Bréfritari: Sigríður Pálsdóttir
Viðtakandi: Páll Pálsson
Dagsetning: A-1865-08-31
Skrifað á: Breiðabólsstað  Rang.
Páll var bróðir Sigríðar

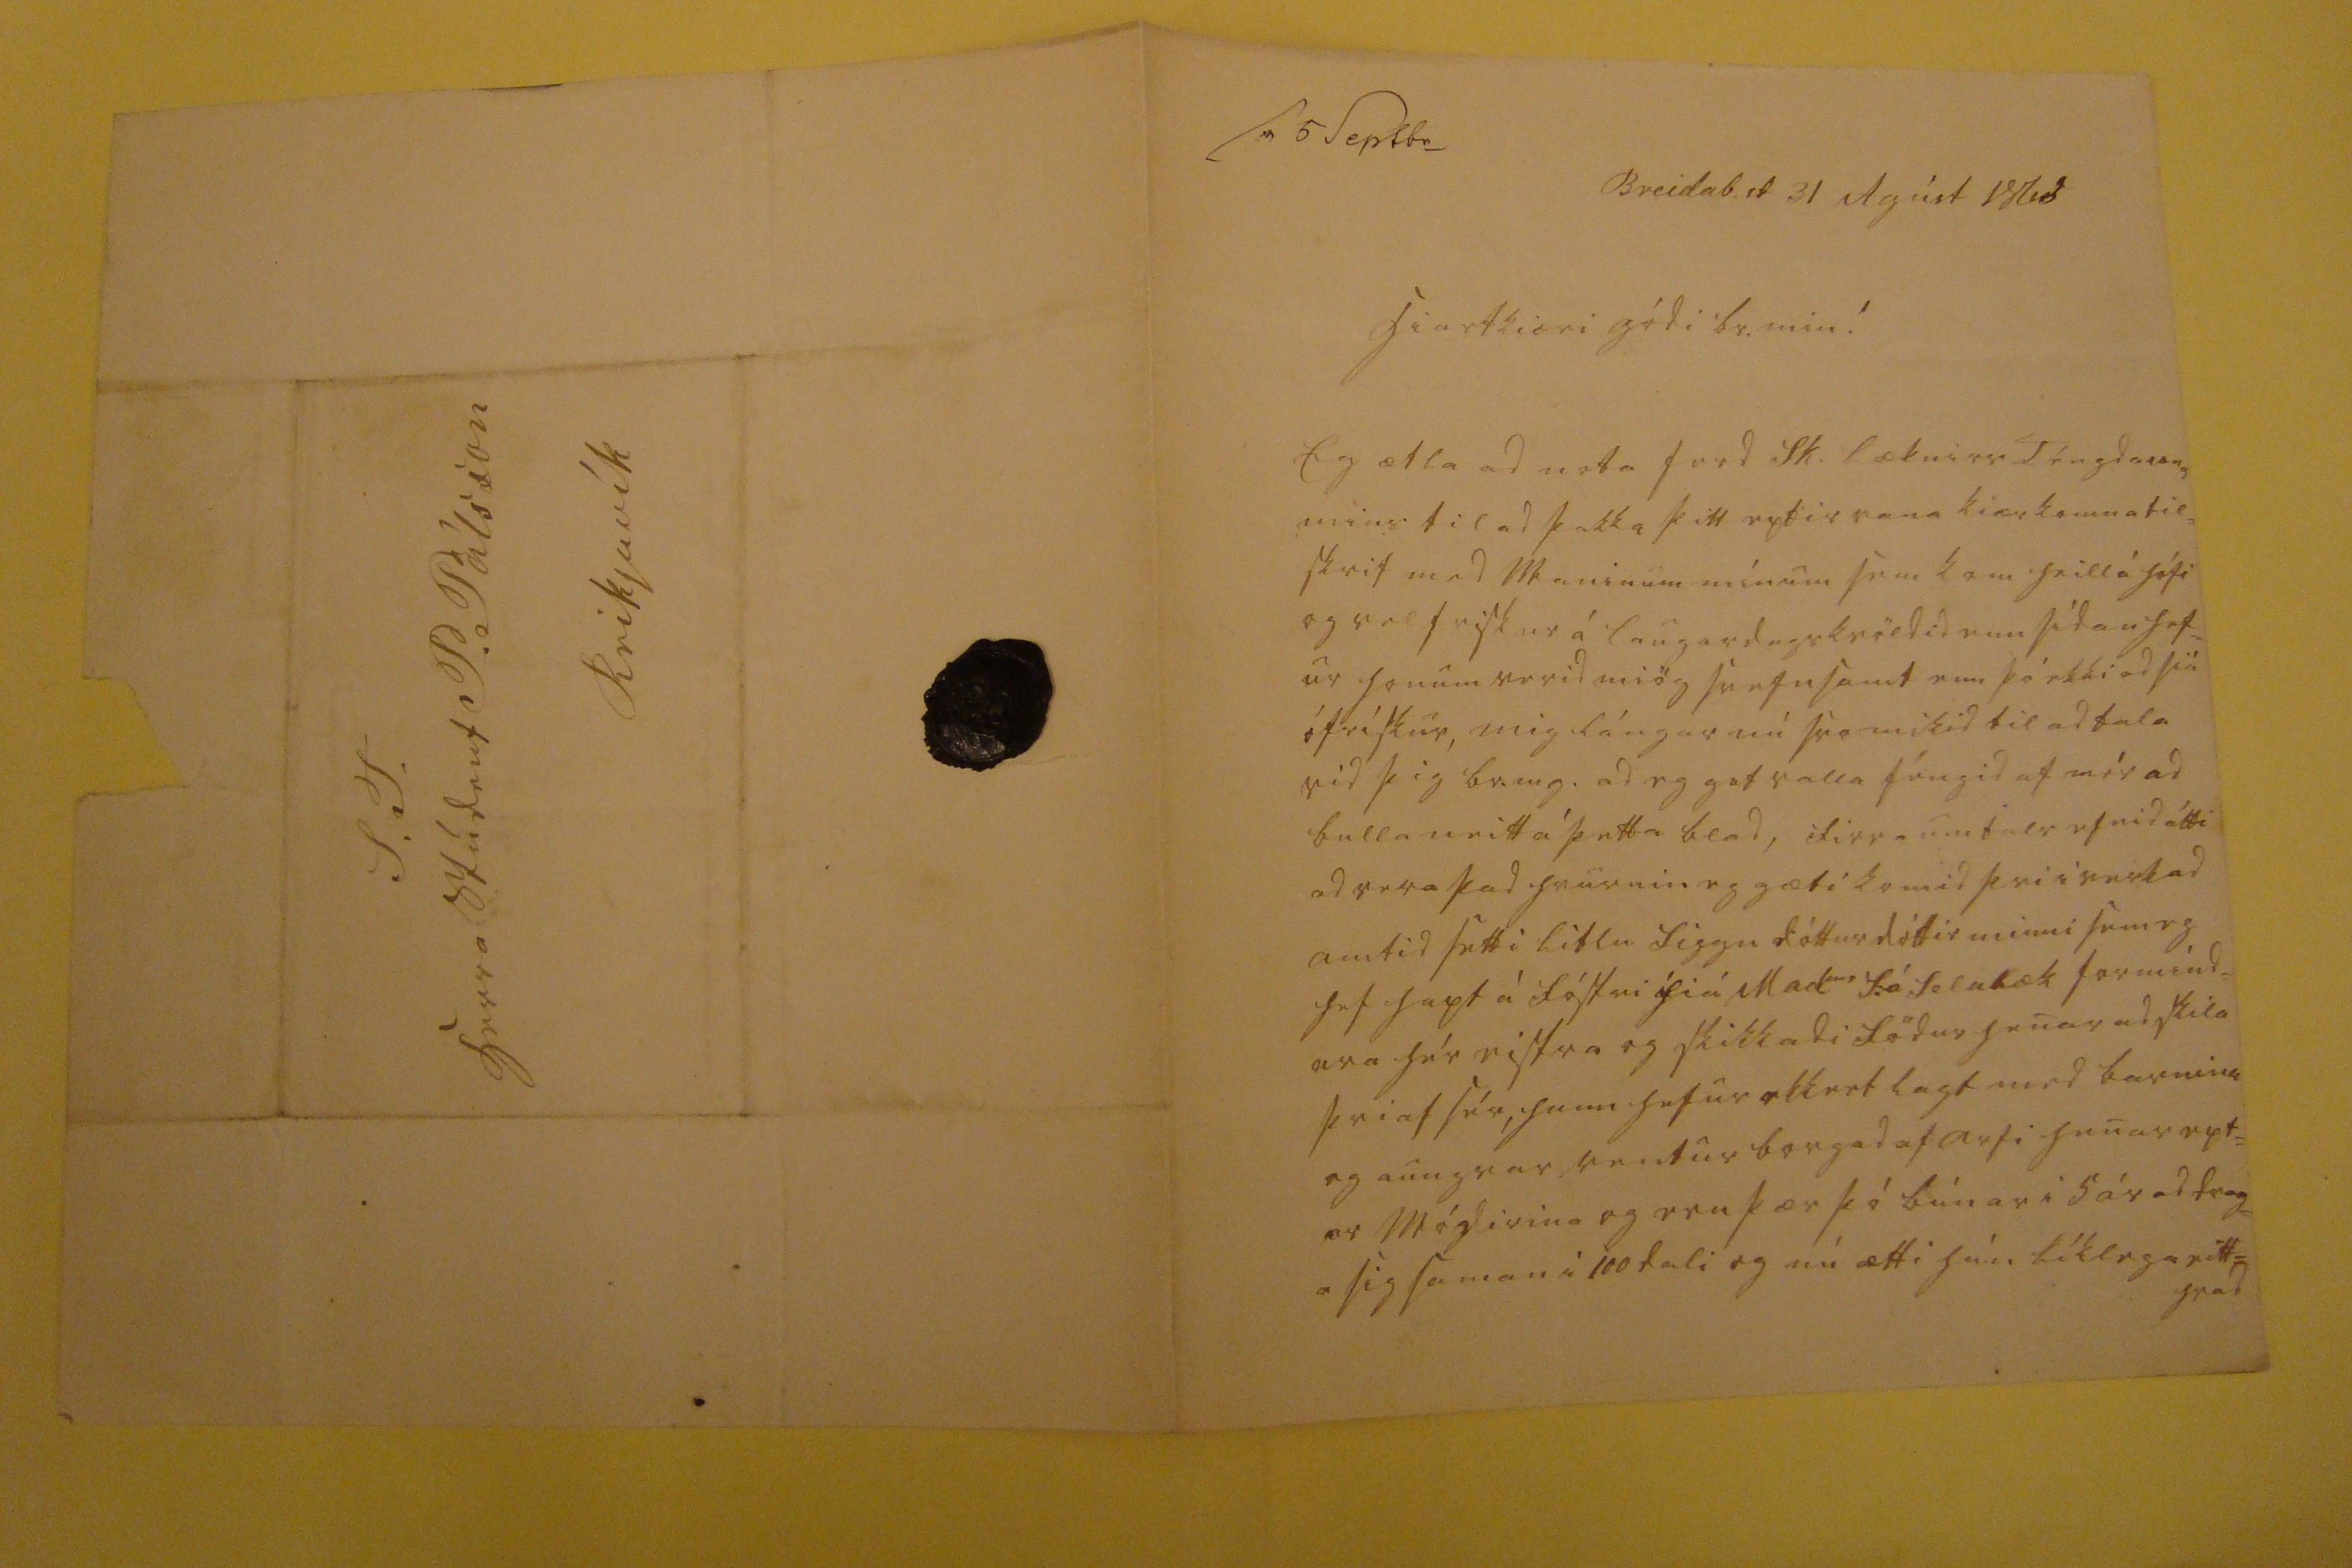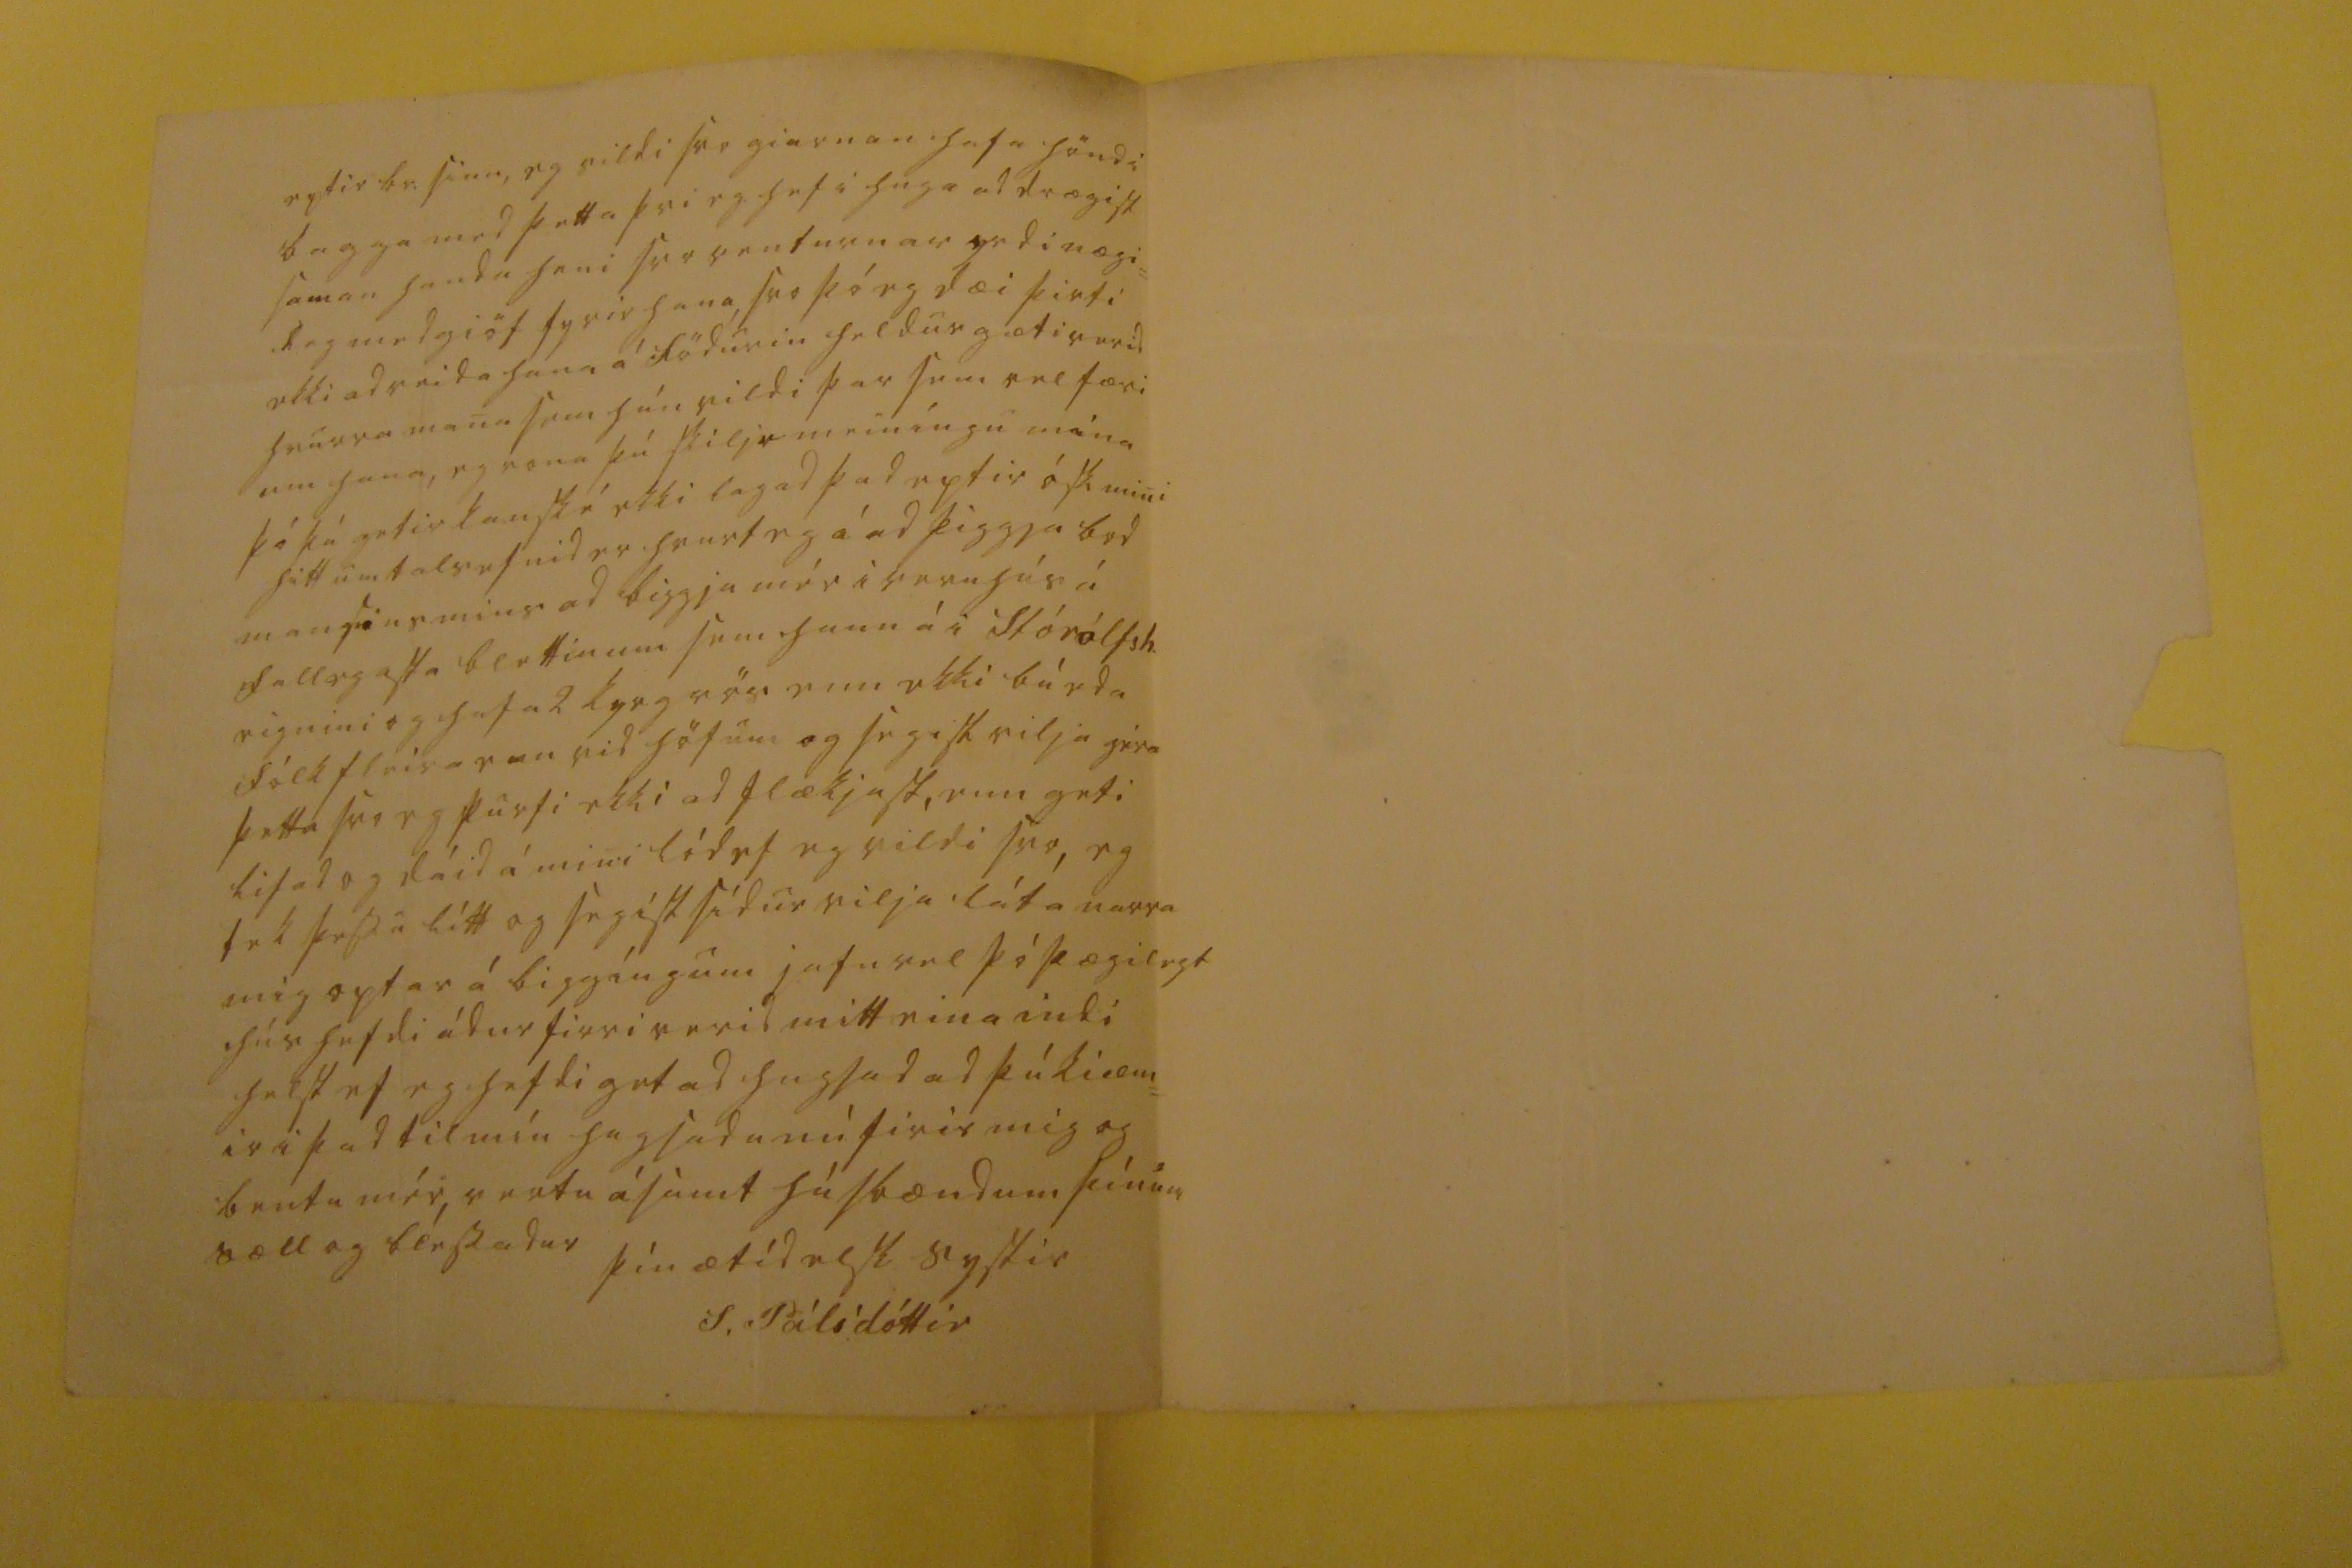

sv 5 Sept br_
Breidab.st 31 Agúst 1865
hiartkiæri gódi br. min!
Eg ætla ad nota ferd Sk. læknirs Téngdasonar mins til ad þakka þitt eptir vana kiærkomna til= skrif med Maninum mínum sem kom heitt á h
ú
fi og vel friskur á laugardagskvöldid enn sídan hef= ur honum verid miög svefnsamt enn þó ekki ad siá ófrískur, mig lángar nú svo mikid til ad tala vid þig br.mg. ad eg get valla féngid af mér ad bulla neitt á þetta blad, firra umtals efnid átti ad vera þad hvurnin eg gæti komid þvi i verk ad amtid setti litlu Siggu dótturdóttir minni sem eg hef hapt á fóstri hiá Mad
me
F: á Selulæk formínd= ara hér eistra og skikkadi födur henar ad skila þvi af sér, hann hefur ekkert lagt med barninu og aungvar rentur borgad af arfi henar ept= ir módirina og eru þær þó búnar i 5 ár ad drag= a sig saman i 100 dali og nú ætti hún líklega eitt= hvad
eptir br. sinn, eg vildi svo giarnan hafa hönd i bagga med þetta þvi eg hef i huga ad drægist saman handa heni svo renturnar yrdi nægi= leg medgiöf fyrir hana svo þó eg dæi þirti ekki ad reida hana á födurin heldur gæti verid hvurra mana sem hún vildi þar sem vel færi um hana, eg vona þú
skiljr
meiníngu mína þó þú getir kanské ekki lagad þad eptir ósk mini hitt umatlsefnid er hvurt eg á ad þiggja bod mansins mins ad biggja mér i veruhús á fallegasta blettinum sem hann á i Stórólfsh. eignini og hafa 2 kyrgrös enn ekki bú eda fólk fleira enn vid höfum og segist vilja géra þetta svo eg þurfi ekki ad flækjast, enn geti lifad og dáid á mini lód ef eg vildi svo, eg tek þessu lítt og segist sídur vilja láta narra mig optar á biggíngum jafnvel þó þægilegt hús hefdi ádur firri verid mitt eina indi helst ef eg hefdi getad hugsad ad þú kiæm= ir i þad til mín hugsadu nú firir mig og bentu mér, vertu ásamt húsbændum þínum sæll og blessadur
þín ætíd elsk systir
S. Pálsdóttir
S.T. herra Stúdent P. Pálsson Reikjavík